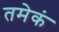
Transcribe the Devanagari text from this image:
तमेकं